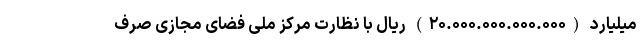
میلیارد (۲۰.۰۰۰.۰۰۰.۰۰۰.۰۰۰) ریال با نظارت مرکز ملی فضای مجازی صرف